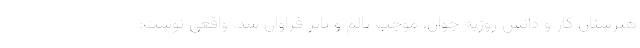
هنرستان کار و دانش روزبه جوان، موجب تالم و تاثر فراوان شد. واقعی نوشت: